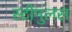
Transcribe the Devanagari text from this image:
स्टीमुलस